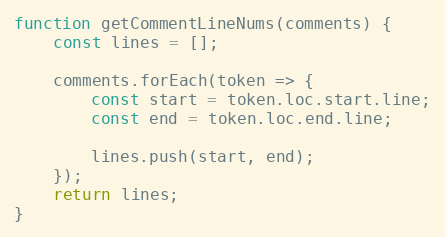
Language: JavaScript
function getCommentLineNums(comments) {
    const lines = [];

    comments.forEach(token => {
        const start = token.loc.start.line;
        const end = token.loc.end.line;

        lines.push(start, end);
    });
    return lines;
}